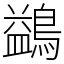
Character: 鷁